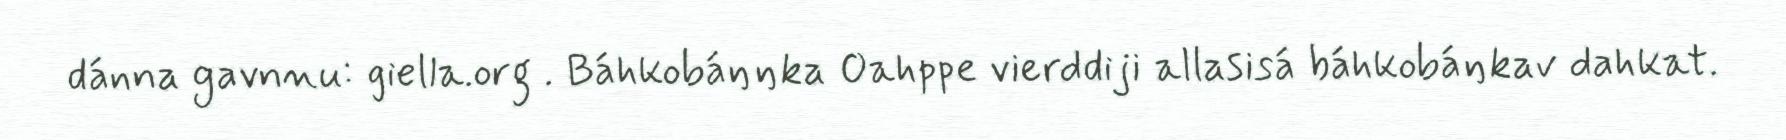
dánna gavnnu: giella.org . Báhkobáŋŋka Oahppe vierddiji allasisá báhkobáŋkav dahkat.